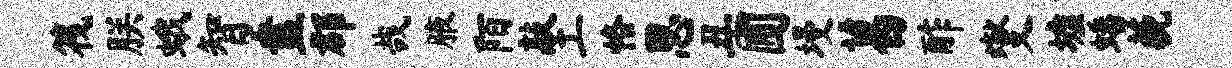
筏朕蛾智盍郡哉腋陌敲工恪思丑圃墁葛酢燮墟蟠藐